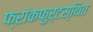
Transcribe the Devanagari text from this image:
फ्रांकफुर्टस्थित